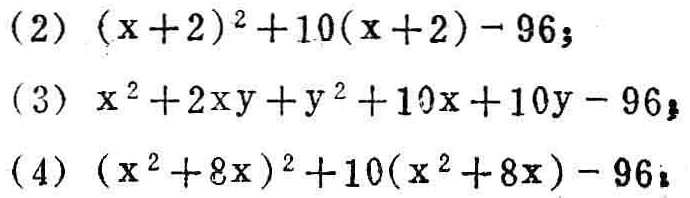
(2) \((x + 2)^2+10(x + 2)-96\);

(3) \(x^{2}+2xy + y^{2}+10x + 10y-96\);

(4) \((x^{2}+8x)^2+10(x^{2}+8x)-96\);